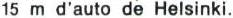
15 m d'auto de Helsinki.